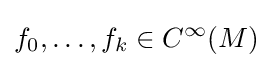
f_{0},\ldots ,f_{k}\in C^{\infty }(M)